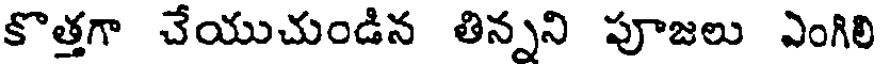
కొత్తగా చేయుచుండిన తిన్నని పూజలు ఎంగిలి